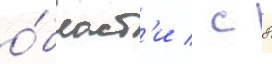
о́бласт'и / с 8